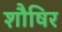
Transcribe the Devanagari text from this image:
शौषिर